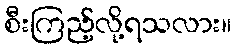
စီးကြည့်လို့ရသလား။